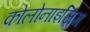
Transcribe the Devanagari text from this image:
कोलोनाइज़िग